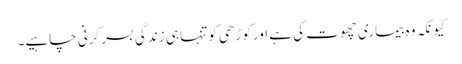
کیونکہ وہ بیماری چھوت کی ہے اور کوڑھی کو تنہا ہی زندگی بسر کرنی چاہیے۔